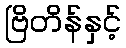
ဗြိတိန်နှင့်